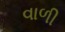
વાળી